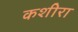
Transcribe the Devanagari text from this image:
कशीरा